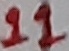
Text: 11